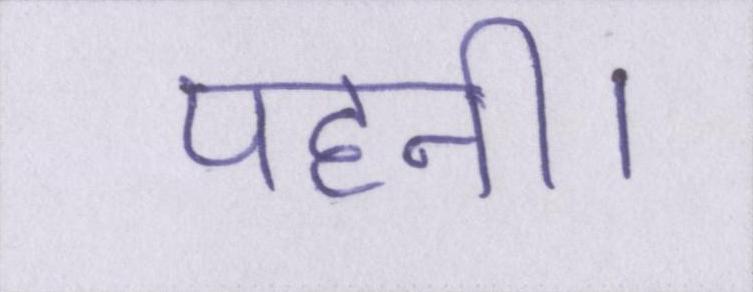
पहनी।